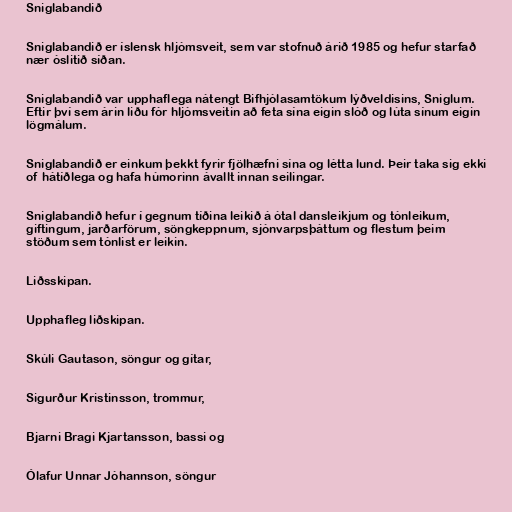
Sniglabandið

Sniglabandið er íslensk hljómsveit, sem var stofnuð árið 1985 og hefur starfað
nær óslitið síðan.

Sniglabandið var upphaflega nátengt Bifhjólasamtökum lýðveldisins, Sniglum.
Eftir því sem árin liðu fór hljómsveitin að feta sína eigin slóð og lúta sínum eigin
lögmálum.

Sniglabandið er einkum þekkt fyrir fjölhæfni sína og létta lund. Þeir taka sig ekki
of hátíðlega og hafa húmorinn ávallt innan seilingar.

Sniglabandið hefur í gegnum tíðina leikið á ótal dansleikjum og tónleikum,
giftingum, jarðarförum, söngkeppnum, sjónvarpsþáttum og flestum þeim
stöðum sem tónlist er leikin.

Liðsskipan.

Upphafleg liðskipan.

Skúli Gautason, söngur og gítar,

Sigurður Kristinsson, trommur,

Bjarni Bragi Kjartansson, bassi og

Ólafur Unnar Jóhannson, söngur